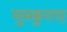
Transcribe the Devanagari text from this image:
मुस्कुराए